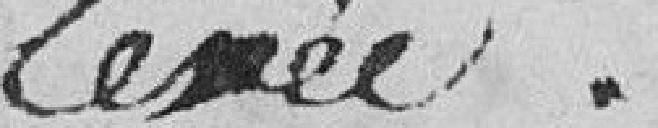
levée.